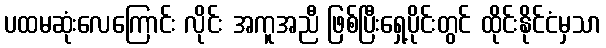
ပထမဆုံးလေကြောင်း လိုင်း အကူအညီ ဖြစ်ပြီးရှေ့ပိုင်းတွင် ထိုင်းနိုင်ငံမှသာ